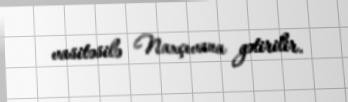
vasitəsilə Naxçıvana gətirilir.